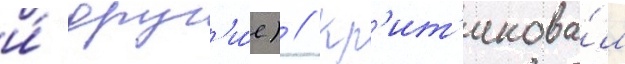
и́ друг'и́е) // Кр'ит'икова́л